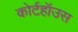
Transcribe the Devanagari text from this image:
कोर्टहॉउस